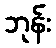
ဘုန်း